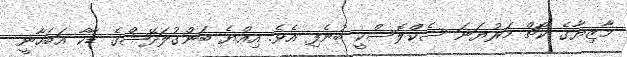
މާޒިޔާގެ ކޯޗް މަރުޔަނަ ސެކްލޮސްކީ ބުނެފި އެވެ. އިއްޔެ ބަންގުލަދޭޝްގެ ޑާކާ އަބަހާނީ